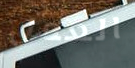
العمل